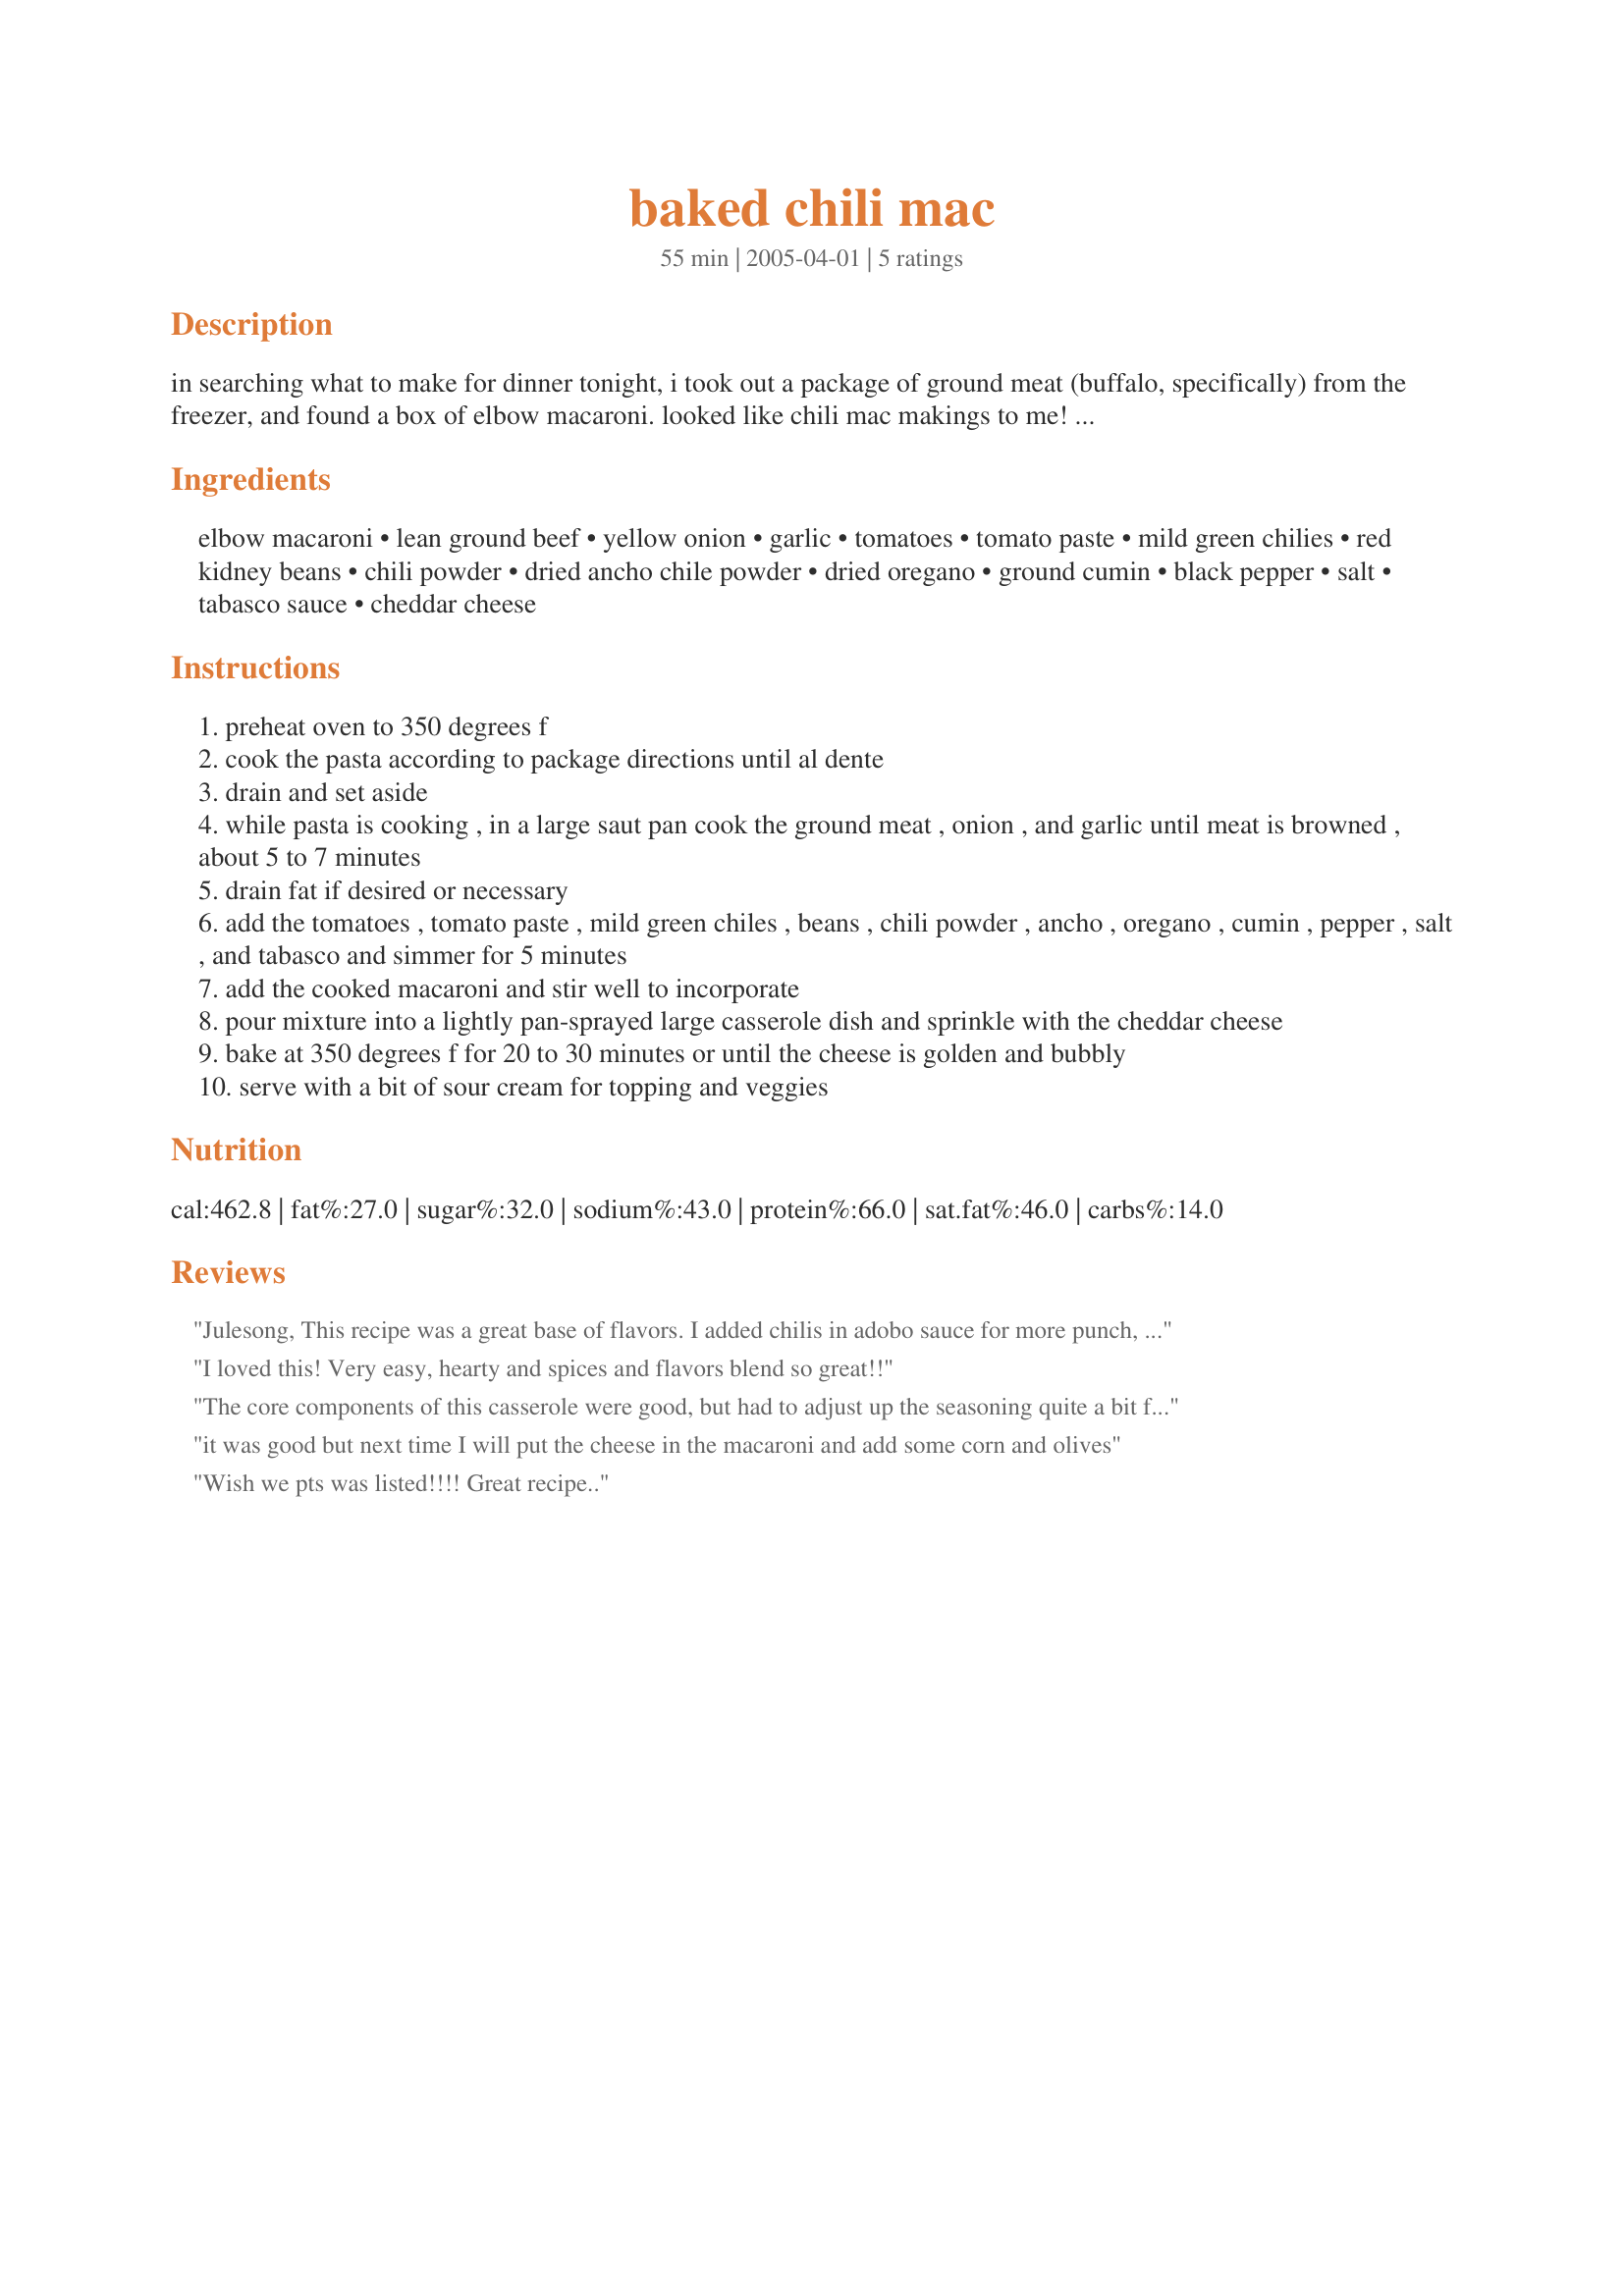
baked chili mac
Preparation time: 55 minutes

in searching what to make for dinner tonight, i took out a package of ground meat (buffalo, specifically) from the freezer, and found a box of elbow macaroni. looked like chili mac makings to me! :) i had never made chili mac before (i just remember having it in the cafeteria when in grade school), so i took a look at what was here on zaar… and was surprised not find many recipes for it. i put together a recipe out of what i found here and elsewhere online, but the below meat chili mac was somewhat adapted from miss annie's vegetarian marvelous macaroni chili. very tasty, very flexible! :)

this is a pantry challenge recipe.

Ingredients:
elbow macaroni, lean ground beef, yellow onion, garlic, tomatoes, tomato paste, mild green chilies, red kidney beans, chili powder, dried ancho chile powder, dried oregano, ground cumin, black pepper, salt, tabasco sauce, cheddar cheese

Steps:
preheat oven to 350 degrees f
cook the pasta according to package directions until al dente
drain and set aside
while pasta is cooking , in a large saut pan cook the ground meat , onion , and garlic until meat is browned , about 5 to 7 minutes
drain fat if desired or necessary
add the tomatoes , tomato paste , mild green chiles , beans , chili powder , ancho , oregano , cumin , pepper , salt , and tabasco and simmer for 5 minutes
add the cooked macaroni and stir well to incorporate
pour mixture into a lightly pan-sprayed large casserole dish and sprinkle with the cheddar cheese
bake at 350 degrees f for 20 to 30 minutes or until the cheese is golden and bubbly
serve with a bit of sour cream for topping and veggies

Reviews:
Julesong, This recipe was a great base of flavors. I added chilis in adobo sauce for more punch, mixed cheese with the meat and noodles and topped with additional cheese. As I served it I also topped with sour cream, chopped onions, and chopped cilantro. Served with corn bread.
I loved this! Very easy, hearty and spices and flavors blend so great!!
The core components of this casserole were good, but had to adjust up the seasoning quite a bit for my taste.
it was good but next time I will put the cheese in the macaroni and add some corn and olives
Wish we pts was listed!!!! Great recipe..
